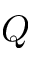
Q